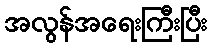
အလွန်အရေးကြီးပြီး